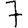
Digit: 7